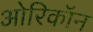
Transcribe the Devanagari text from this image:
ओरिकॉन